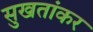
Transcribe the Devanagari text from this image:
सुखतांकर